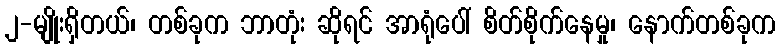
၂-မျိုးရှိတယ်၊ တစ်ခုက ဘာတုံး ဆိုရင် အာရုံပေါ် စိတ်စိုက်နေမှု၊ နောက်တစ်ခုက